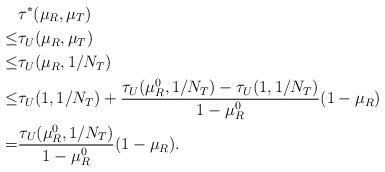
LaTeX: \begin{align*}&\tau^*(\mu_R,\mu_T)\\\le &\tau_U(\mu_R,\mu_T)\\\le &\tau_U(\mu_R,1/N_T)\\\le &\tau_U(1,1/N_T)+\frac{\tau_U(\mu_R^0,1/N_T)-\tau_U(1,1/N_T)}{1-\mu_R^0}(1-\mu_R)\\=&\frac{\tau_U(\mu_R^0,1/N_T)}{1-\mu_R^0}(1-\mu_R).\end{align*}